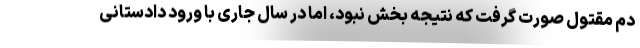
دم مقتول صورت گرفت که نتیجه بخش نبود، اما در سال جاری با ورود دادستانی